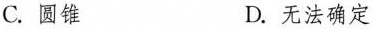
C.圆锥 D.无法确定